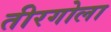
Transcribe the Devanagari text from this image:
तीरगोला